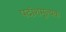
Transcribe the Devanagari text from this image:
पदांशमूल्यक